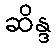
ဆိန္ဒ